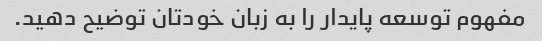
مفهوم توسعه پایدار را به زبان خودتان توضیح دهید.